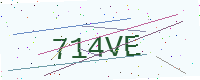
Text: 714VE